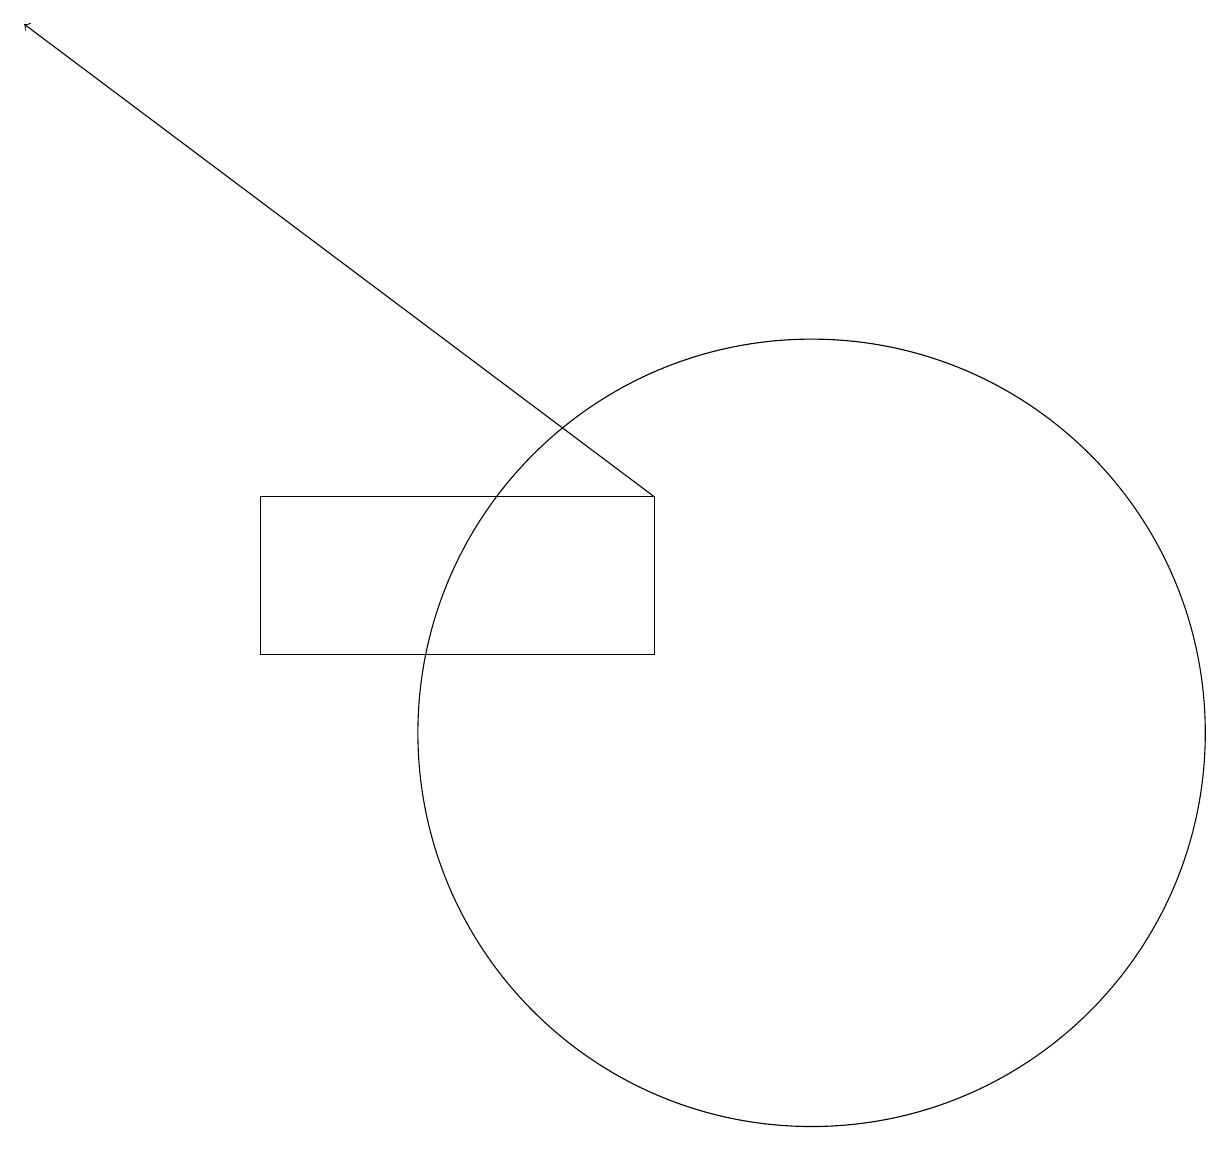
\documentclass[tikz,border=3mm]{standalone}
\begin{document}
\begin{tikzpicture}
\draw[->] (9,13) -- (1,19);
\draw (11,10) circle (5);
\draw (9,13) rectangle (4,11);
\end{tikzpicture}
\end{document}